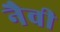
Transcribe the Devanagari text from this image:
नैवी